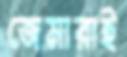
জেমারাই